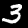
Label: 3